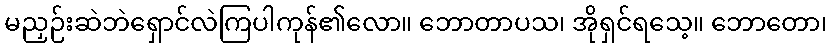
မညှဉ်းဆဲဘဲရှောင်လဲကြပါကုန်၏လော။ ဘောတာပသ၊ အိုရှင်ရသေ့။ ဘောတော၊